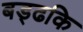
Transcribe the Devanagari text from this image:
बड्ढकि